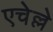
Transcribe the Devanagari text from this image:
एचेल्ले